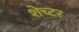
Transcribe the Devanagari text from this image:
शेच्टर